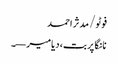
فوٹو/ مدثر احمد
نانگا پربت، دیامیر—۔